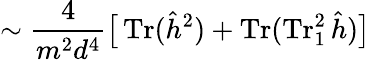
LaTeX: \sim\frac{4}{m^{2}d^{4}}\big[\operatorname{Tr}(\hat{h}^{2})+\operatorname{Tr}(\operatorname{Tr}_{1}^{2}\hat{h})\big]